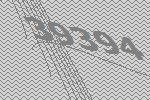
39394